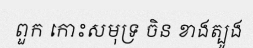
ពួក កោះសមុទ្រ ចិន ខាងត្បូង